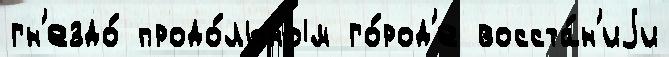
гн'ездо́ продо́льным го́род'е восста́н'иjи